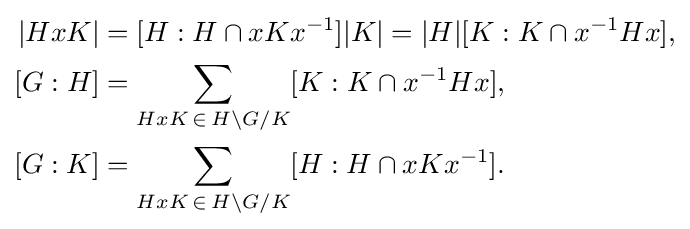
{\begin{aligned}|HxK|&=[H:H\cap xKx^{-1}]|K|=|H|[K:K\cap x^{-1}Hx],\\\left[G:H\right]&=\sum _{HxK\,\in \,H\backslash G/K}[K:K\cap x^{-1}Hx],\\\left[G:K\right]&=\sum _{HxK\,\in \,H\backslash G/K}[H:H\cap xKx^{-1}].\end{aligned}}